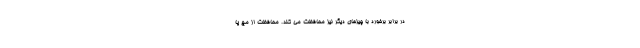
در برابر برخورد با چیزهای دیگر نیز محافظت می کند. محافظت از مچ پا